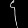
Digit: ၄